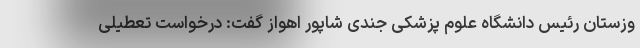
وزستان رئیس دانشگاه علوم پزشکی جندی شاپور اهواز گفت: درخواست تعطیلی